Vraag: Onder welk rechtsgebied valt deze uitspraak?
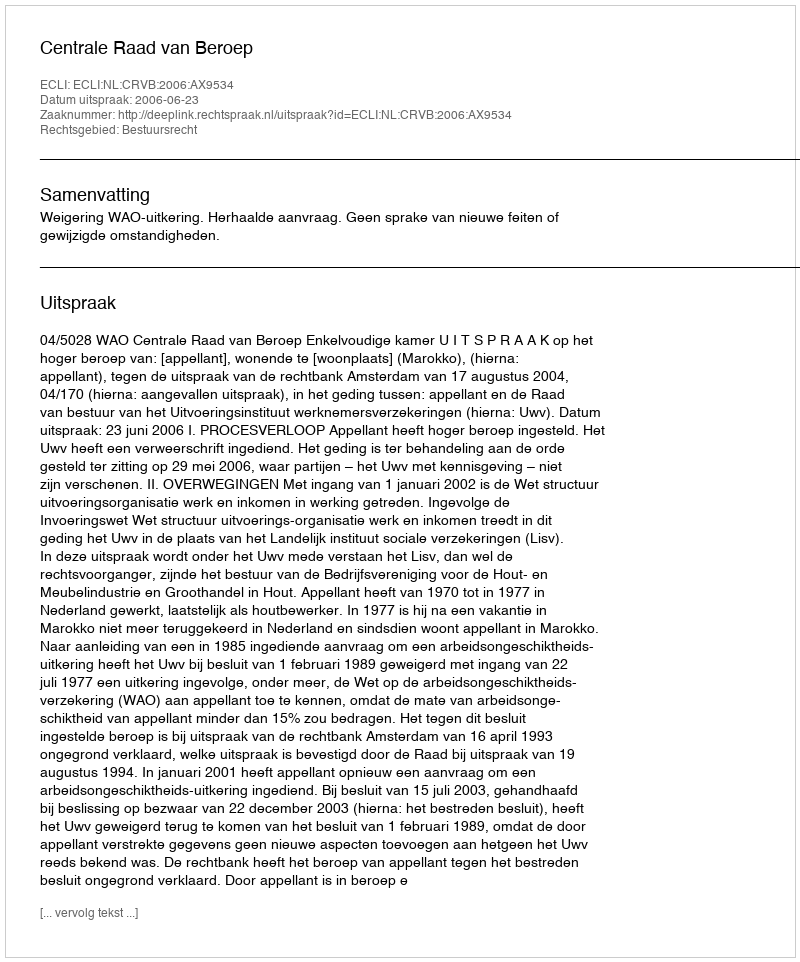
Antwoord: Bestuursrecht